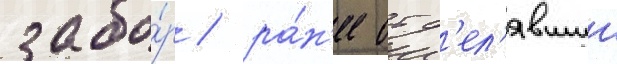
забо́р / ра́н'ее отд'ел'явшии